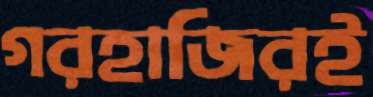
গরহাজিরই